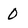
Character: 0